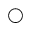
\bigcirc